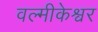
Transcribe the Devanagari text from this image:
वल्मीकेश्वर